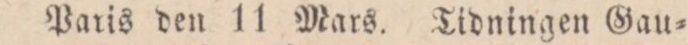
Paris den 11 Mars. Tidningen Gau=